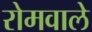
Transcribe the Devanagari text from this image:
रोमवाले